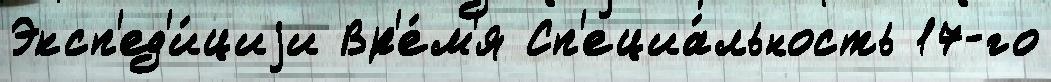
Эксп'ед'и́циjи Вр'е́м'я Сп'ециа́льность 17-го